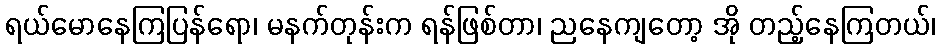
ရယ်မောနေကြပြန်ရော၊ မနက်တုန်းက ရန်ဖြစ်တာ၊ ညနေကျတော့ အို တည့်နေကြတယ်၊